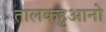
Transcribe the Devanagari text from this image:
तालकहुआनो